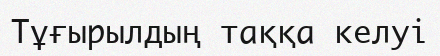
Тұғырылдың таққа келуі